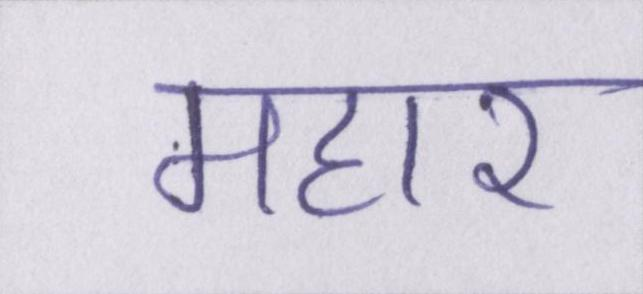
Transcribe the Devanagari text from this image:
महार